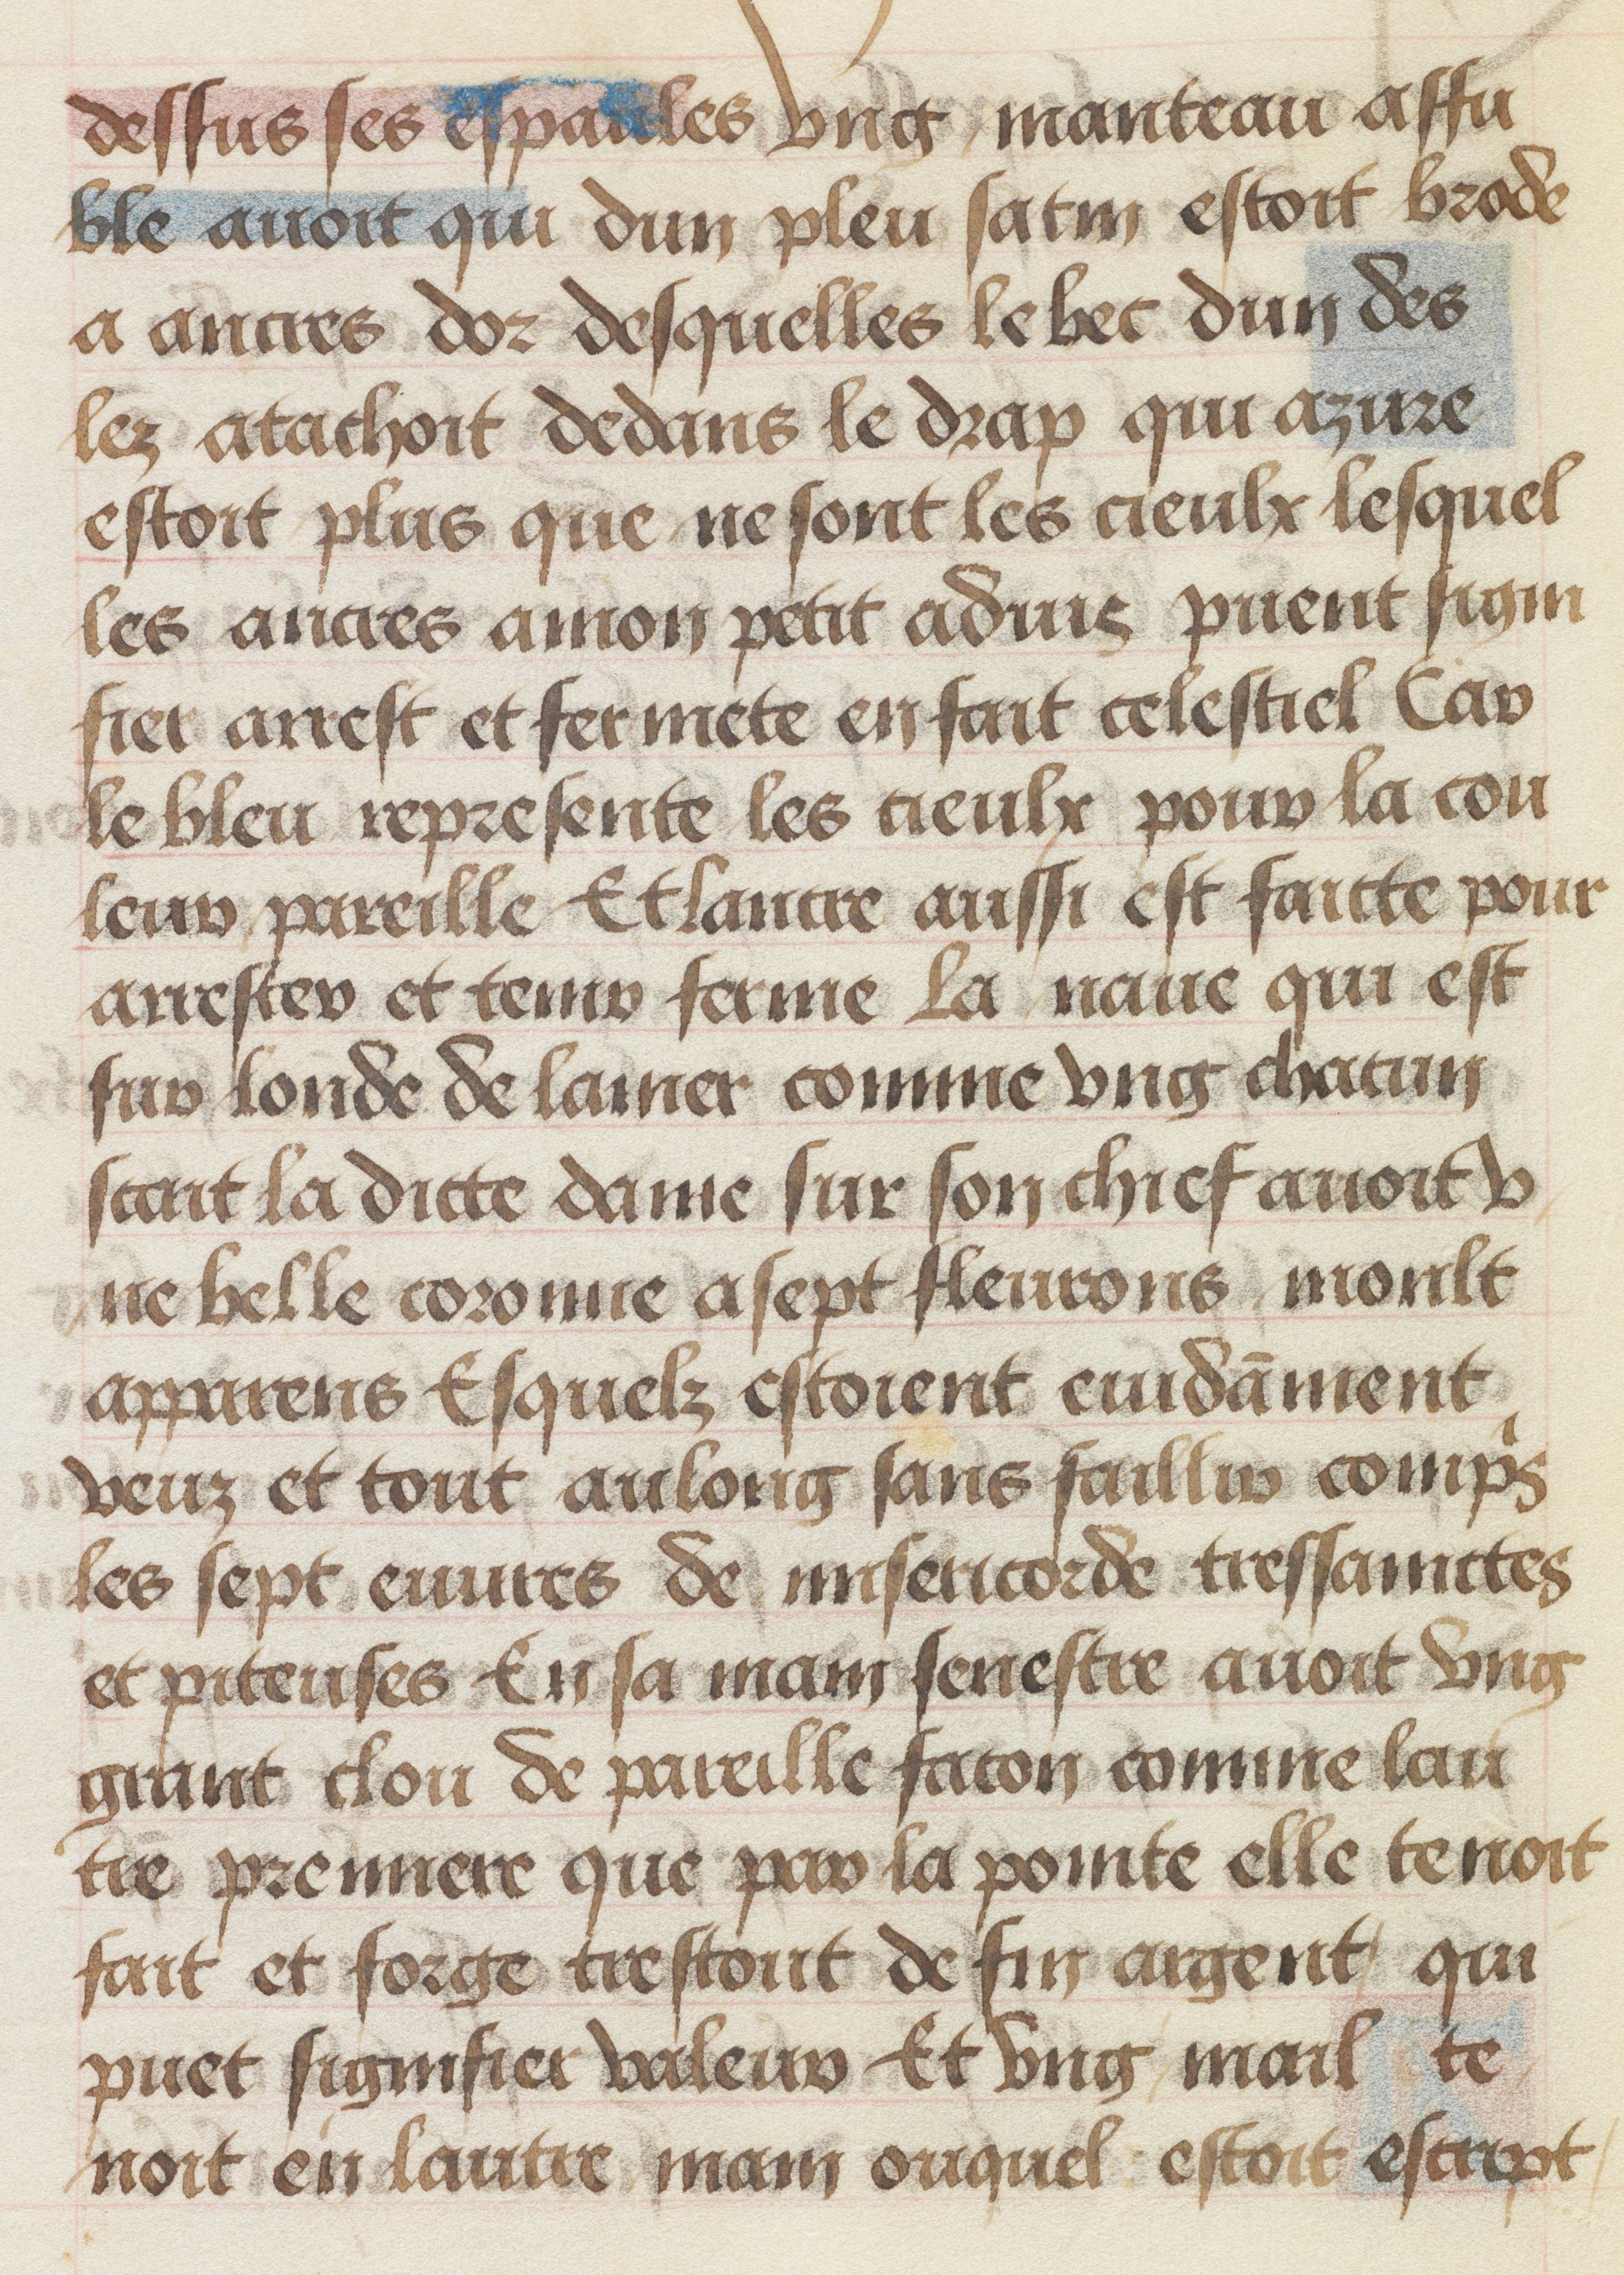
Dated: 1455–1485